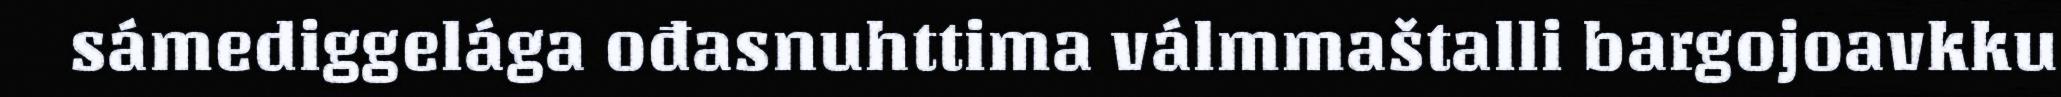
sámediggelága ođasnuhttima válmmaštalli bargojoavkku